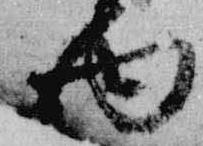
面